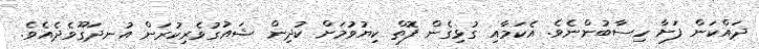
ދައްކަން ފަށާ ހިސާބުންނެވެ. އެކަމާއި ގުޅިގެން ފޮތް ކިޔުވުމަށް ކުދިން ޝައުގުވެރިކުރަން އުނދަގޫވެދެއެވެ.